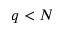
q < N